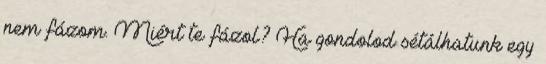
nem fázom. Miért te fázol? Ha gondolod sétálhatunk egy